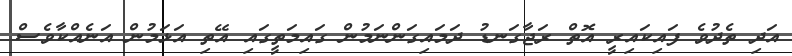
އަދި ތެދުވެ ފައިކައިރީ އޮތް ރަޖާގަނޑު ދަމައިގަންނަމުން ގައިމަތީގައި އޭތި އަޅަމުން އަނެއްކާވެސް